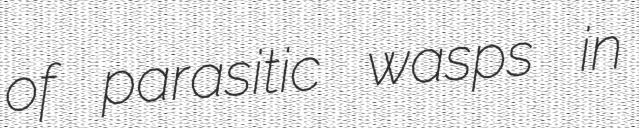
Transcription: of parasitic wasps in